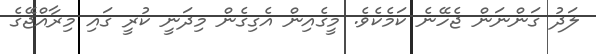
ލަދު ގަންނަން ޖެހޭނެ ކަމެކެވެ. މީގެއިން އެގިގެން މިދަނީ ކުރީ ގައި މިރާއްޖޭގެ